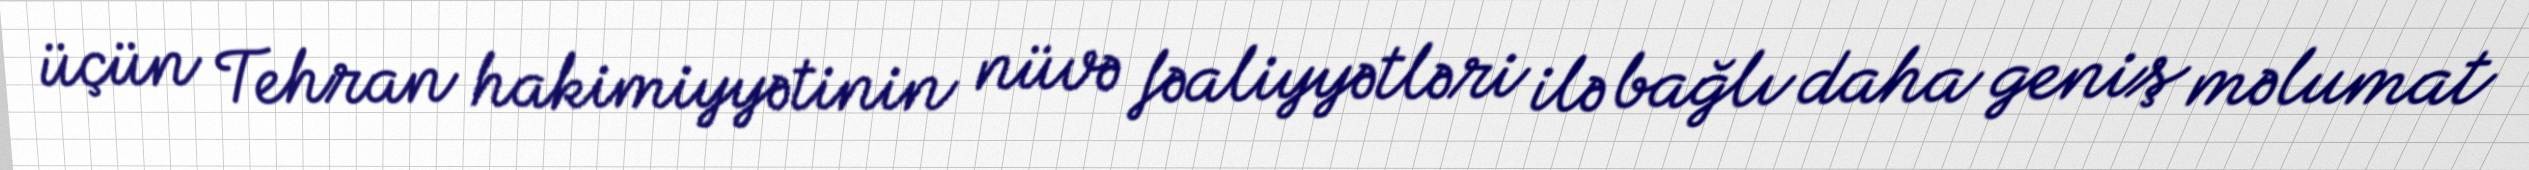
üçün Tehran hakimiyyətinin nüvə fəaliyyətləri ilə bağlı daha geniş məlumat